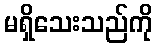
မရှိသေးသည်ကို